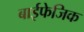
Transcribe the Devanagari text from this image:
बाईफेजिक